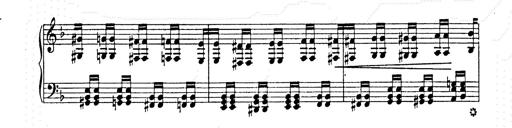
Title: AnnÃ©es de pÃ¨lerinage II
Composer: Franz Liszt